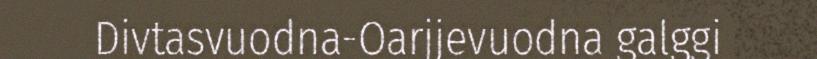
Divtasvuodna-Oarjjevuodna galggi